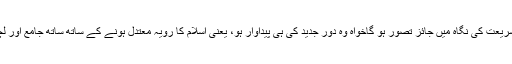
ان اُصولوں کی پابندی کر کے جو بھی لین دین کیا جائے، وہ شریعت کی نگاہ میں جائز تصور ہو گاخواہ وہ دور جدید کی ہی پیداوار ہو، یعنی اسلام کا رویہ معتدل ہونے کے ساتھ ساتھ جامع اور لچک دار بھی ہے جو ہر دور کے تقاضے پورے کر سکتا ہے۔